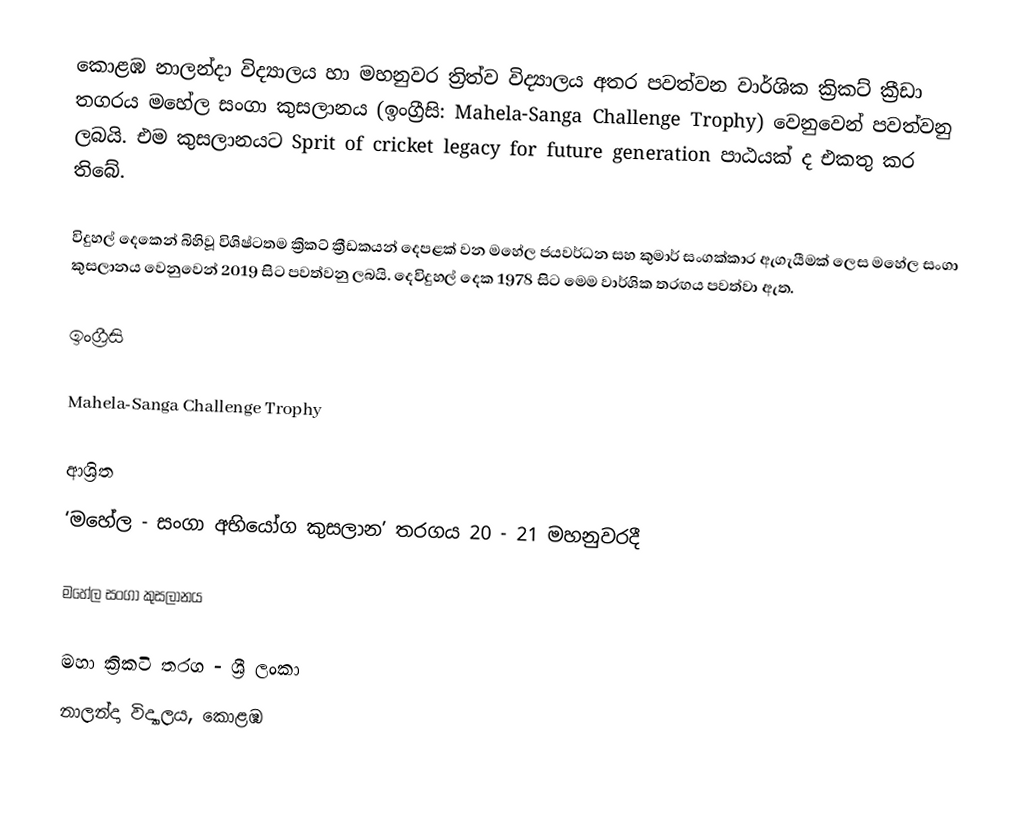
කොළඹ නාලන්දා විද්‍යාලය හා මහ­නු­වර ත්‍රිත්ව විද්‍යාලය අතර පවත්වන වාර්ශික ක්‍රිකට් ක්‍රීඩා තගරය මහේල සංගා කුසලානය (ඉංග්‍රීසි: Mahela-Sanga Challenge Trophy) වෙනුවෙන් පවත්වනු ලබයි. එම කුස­ලා­න­යට Sprit of cricket legacy for future generation පාඨ­යක් ද එකතු කර තිබේ.

විදු­හල් දෙකෙන් බිහිවූ විශි­ෂ්ට­තම ක්‍රිකට් ක්‍රීඩ­ක­යන් දෙප­ළක් වන මහේල ජයවර්ධන සහ කුමාර් සංගක්කාර ඇගැ­යී­මක් ලෙස මහේල සංගා කුසලානය  වෙනුවෙන් 2019 සිට පවත්වනු ලබයි. දෙවිදුහල් දෙක 1978 සිට මෙම වාර්ශික තරඟය පවත්වා ඇත.

ඉංග්‍රීසි

 Mahela-Sanga Challenge Trophy

ආශ්‍රිත
 ‘මහේල - සංගා අභි­යෝග කුස­ලාන’ තර­ගය 20 - 21 මහ­නු­ව­රදී

 මහේල සංගා කුසලානය

මහා ක්‍රිකටි තරග - ශ්‍රී ලංකා
නාලන්දා විද්‍යාලය, කොළඹ